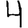
Digit: 4